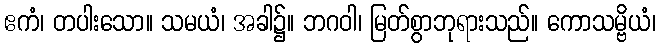
ဧကံ၊ တပါးသော။ သမယံ၊ အခါ၌။ ဘဂဝါ၊ မြတ်စွာဘုရားသည်။ ကောသမ္ဗိယံ၊